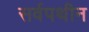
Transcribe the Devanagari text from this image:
सर्वपथीन